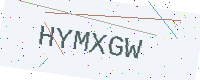
Text: HYMXGW